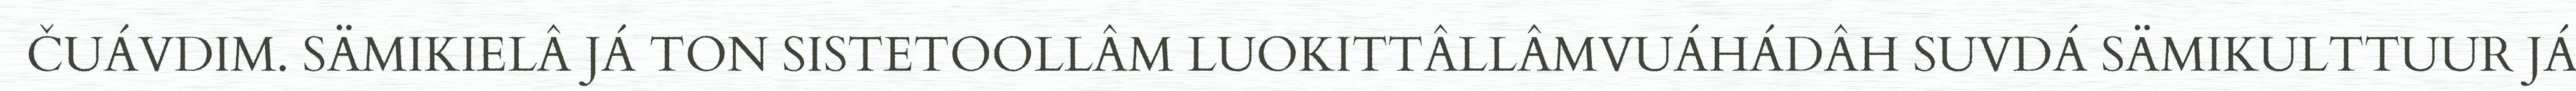
ČUÁVDIM. SÄMIKIELÂ JÁ TON SISTETOOLLÂM LUOKITTÂLLÂMVUÁHÁDÂH SUVDÁ SÄMIKULTTUUR JÁ